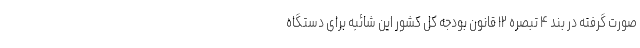
صورت گرفته در بند ۴ تبصره ۱۲ قانون بودجه کل کشور این شائبه برای دستگاه